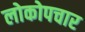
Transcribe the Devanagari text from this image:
लोकोपचार